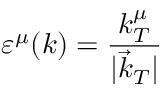
\varepsilon ^ { \mu } ( k ) = \frac { k _ { T } ^ { \mu } } { | \vec { k } _ { T } | }